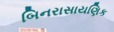
બિનરાસાયણિક